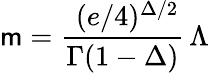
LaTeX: \mathsf{m}={\frac{{\, \, (e/4)^{\Delta/2}}}{{\Gamma(1-\Delta)}}}\, \Lambda